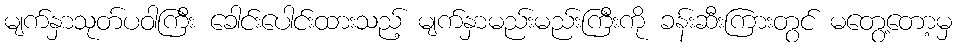
မျက်နှာသုတ်ပဝါကြီး ခေါင်းပေါင်းထားသည့် မျက်နှာမည်းမည်းကြီးကို ခန်းဆီးကြားတွင် မတွေ့တော့မှ